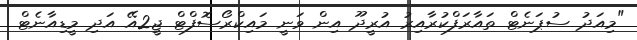
"މިއަދު ސުޕަނެޓް ތައާރަފްކުރާއިރު އުރީދޫ އިން ވަނީ މައިކްރޯސޮފްޓް ޖީ2އޭ އަދި މީޑިއާނެޓް